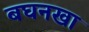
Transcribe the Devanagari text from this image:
बघनखा